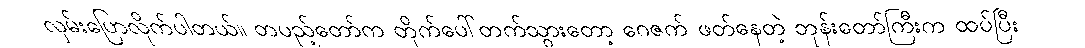
လှမ်းပြောလိုက်ပါတယ်။ တပည့်တော်က တိုက်ပေါ်တက်သွားတော့ ဂေဇက် ဖတ်နေတဲ့ ဘုန်းတော်ကြီးက ထပ်ပြီး